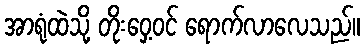
အာရုံထဲသို့ တိုးဝှေ့ဝင် ရောက်လာလေသည်။